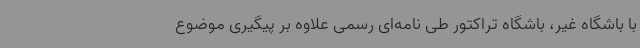
با باشگاه غیر، باشگاه تراکتور طی نامه‌ای رسمی علاوه بر پیگیری موضوع